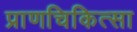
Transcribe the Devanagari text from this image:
प्राणचिकित्सा